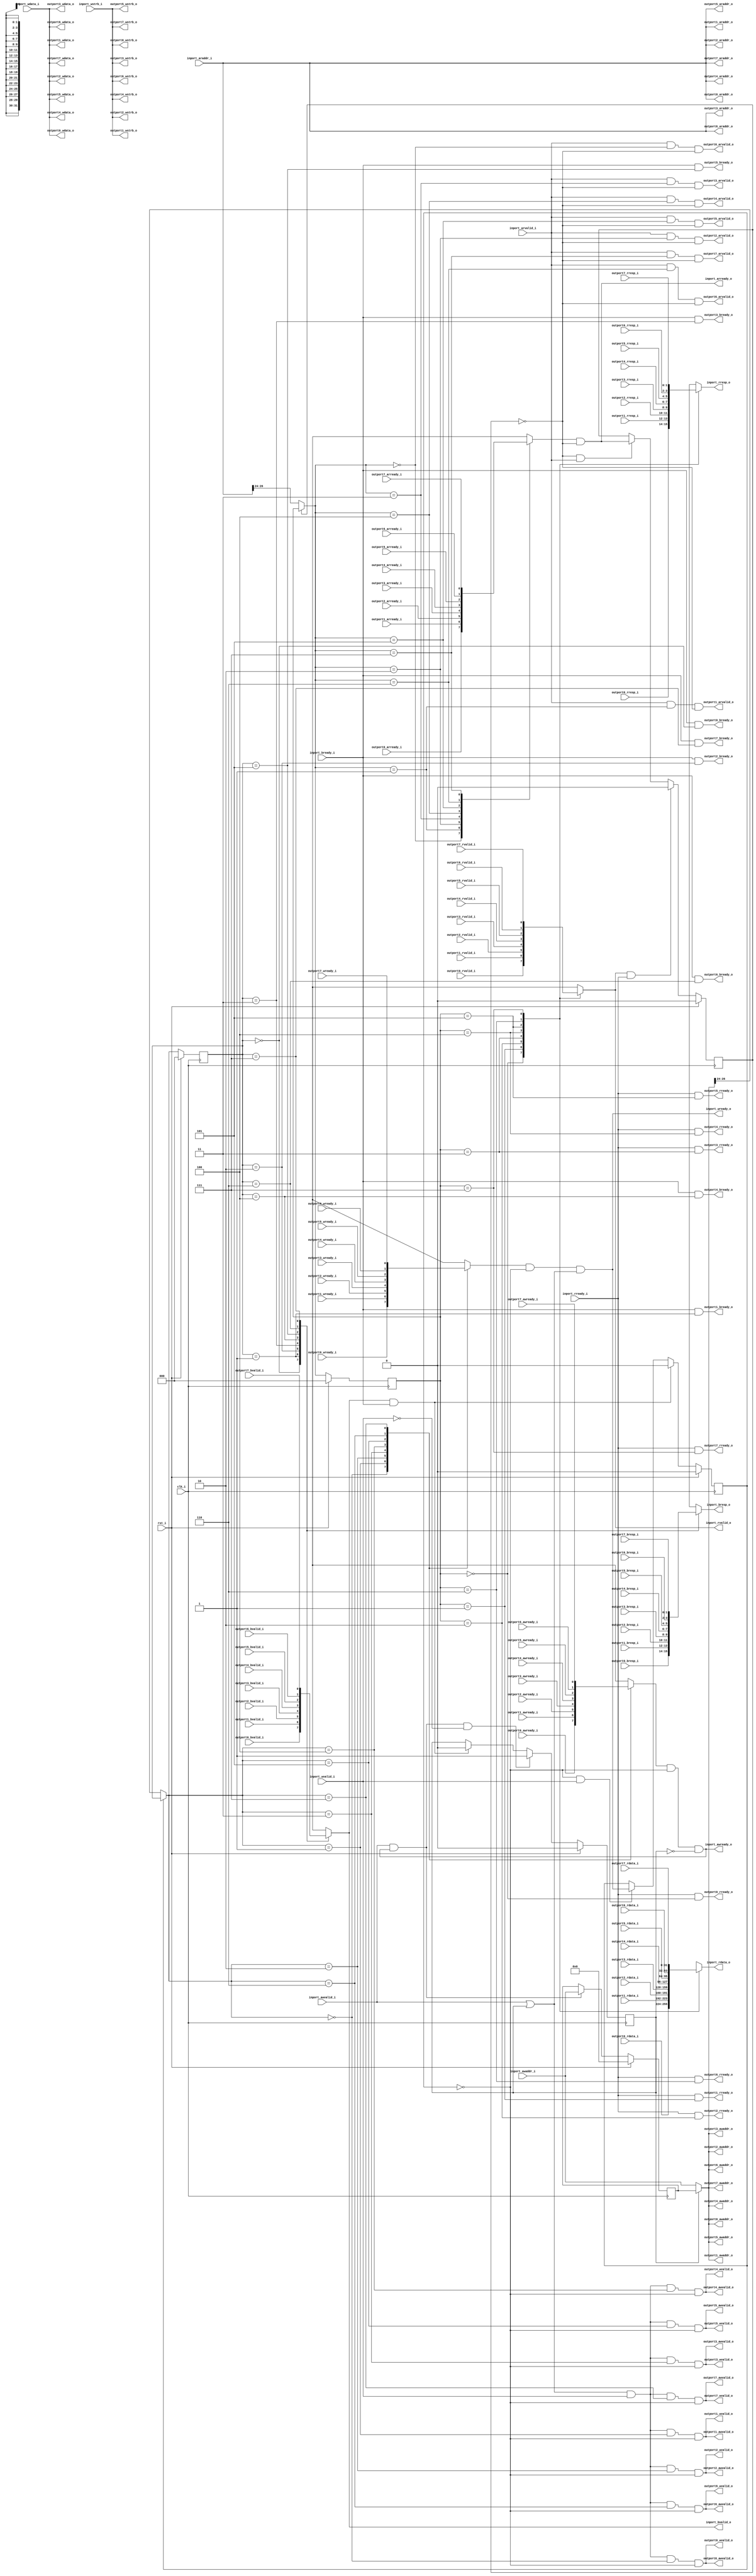
//-----------------------------------------------------------------
//                     Basic Peripheral SoC
//                           V1.0
//                     Ultra-Embedded.com
//                     Copyright 2014-2019
//
//
//                         License: GPL
// If you would like a version with a more permissive license for
// use in closed source commercial applications please contact me
// for details.
//-----------------------------------------------------------------
//
// This file is open source HDL; you can redistribute it and/or 
// modify it under the terms of the GNU General Public License as 
// published by the Free Software Foundation; either version 2 of 
// the License, or (at your option) any later version.
//
// This file is distributed in the hope that it will be useful,
// but WITHOUT ANY WARRANTY; without even the implied warranty of
// MERCHANTABILITY or FITNESS FOR A PARTICULAR PURPOSE.  See the
// GNU General Public License for more details.
//
// You should have received a copy of the GNU General Public 
// License along with this file; if not, write to the Free Software
// Foundation, Inc., 59 Temple Place, Suite 330, Boston, MA 02111-1307
// USA
//-----------------------------------------------------------------

//-----------------------------------------------------------------
//                          Generated File
//-----------------------------------------------------------------

module axi4lite_dist
(
    // Inputs
     input           clk_i
    ,input           rst_i
    ,input           inport_awvalid_i
    ,input  [ 31:0]  inport_awaddr_i
    ,input           inport_wvalid_i
    ,input  [ 31:0]  inport_wdata_i
    ,input  [  3:0]  inport_wstrb_i
    ,input           inport_bready_i
    ,input           inport_arvalid_i
    ,input  [ 31:0]  inport_araddr_i
    ,input           inport_rready_i
    ,input           outport0_awready_i
    ,input           outport0_wready_i
    ,input           outport0_bvalid_i
    ,input  [  1:0]  outport0_bresp_i
    ,input           outport0_arready_i
    ,input           outport0_rvalid_i
    ,input  [ 31:0]  outport0_rdata_i
    ,input  [  1:0]  outport0_rresp_i
    ,input           outport1_awready_i
    ,input           outport1_wready_i
    ,input           outport1_bvalid_i
    ,input  [  1:0]  outport1_bresp_i
    ,input           outport1_arready_i
    ,input           outport1_rvalid_i
    ,input  [ 31:0]  outport1_rdata_i
    ,input  [  1:0]  outport1_rresp_i
    ,input           outport2_awready_i
    ,input           outport2_wready_i
    ,input           outport2_bvalid_i
    ,input  [  1:0]  outport2_bresp_i
    ,input           outport2_arready_i
    ,input           outport2_rvalid_i
    ,input  [ 31:0]  outport2_rdata_i
    ,input  [  1:0]  outport2_rresp_i
    ,input           outport3_awready_i
    ,input           outport3_wready_i
    ,input           outport3_bvalid_i
    ,input  [  1:0]  outport3_bresp_i
    ,input           outport3_arready_i
    ,input           outport3_rvalid_i
    ,input  [ 31:0]  outport3_rdata_i
    ,input  [  1:0]  outport3_rresp_i
    ,input           outport4_awready_i
    ,input           outport4_wready_i
    ,input           outport4_bvalid_i
    ,input  [  1:0]  outport4_bresp_i
    ,input           outport4_arready_i
    ,input           outport4_rvalid_i
    ,input  [ 31:0]  outport4_rdata_i
    ,input  [  1:0]  outport4_rresp_i
    ,input           outport5_awready_i
    ,input           outport5_wready_i
    ,input           outport5_bvalid_i
    ,input  [  1:0]  outport5_bresp_i
    ,input           outport5_arready_i
    ,input           outport5_rvalid_i
    ,input  [ 31:0]  outport5_rdata_i
    ,input  [  1:0]  outport5_rresp_i
    ,input           outport6_awready_i
    ,input           outport6_wready_i
    ,input           outport6_bvalid_i
    ,input  [  1:0]  outport6_bresp_i
    ,input           outport6_arready_i
    ,input           outport6_rvalid_i
    ,input  [ 31:0]  outport6_rdata_i
    ,input  [  1:0]  outport6_rresp_i
    ,input           outport7_awready_i
    ,input           outport7_wready_i
    ,input           outport7_bvalid_i
    ,input  [  1:0]  outport7_bresp_i
    ,input           outport7_arready_i
    ,input           outport7_rvalid_i
    ,input  [ 31:0]  outport7_rdata_i
    ,input  [  1:0]  outport7_rresp_i

    // Outputs
    ,output          inport_awready_o
    ,output          inport_wready_o
    ,output          inport_bvalid_o
    ,output [  1:0]  inport_bresp_o
    ,output          inport_arready_o
    ,output          inport_rvalid_o
    ,output [ 31:0]  inport_rdata_o
    ,output [  1:0]  inport_rresp_o
    ,output          outport0_awvalid_o
    ,output [ 31:0]  outport0_awaddr_o
    ,output          outport0_wvalid_o
    ,output [ 31:0]  outport0_wdata_o
    ,output [  3:0]  outport0_wstrb_o
    ,output          outport0_bready_o
    ,output          outport0_arvalid_o
    ,output [ 31:0]  outport0_araddr_o
    ,output          outport0_rready_o
    ,output          outport1_awvalid_o
    ,output [ 31:0]  outport1_awaddr_o
    ,output          outport1_wvalid_o
    ,output [ 31:0]  outport1_wdata_o
    ,output [  3:0]  outport1_wstrb_o
    ,output          outport1_bready_o
    ,output          outport1_arvalid_o
    ,output [ 31:0]  outport1_araddr_o
    ,output          outport1_rready_o
    ,output          outport2_awvalid_o
    ,output [ 31:0]  outport2_awaddr_o
    ,output          outport2_wvalid_o
    ,output [ 31:0]  outport2_wdata_o
    ,output [  3:0]  outport2_wstrb_o
    ,output          outport2_bready_o
    ,output          outport2_arvalid_o
    ,output [ 31:0]  outport2_araddr_o
    ,output          outport2_rready_o
    ,output          outport3_awvalid_o
    ,output [ 31:0]  outport3_awaddr_o
    ,output          outport3_wvalid_o
    ,output [ 31:0]  outport3_wdata_o
    ,output [  3:0]  outport3_wstrb_o
    ,output          outport3_bready_o
    ,output          outport3_arvalid_o
    ,output [ 31:0]  outport3_araddr_o
    ,output          outport3_rready_o
    ,output          outport4_awvalid_o
    ,output [ 31:0]  outport4_awaddr_o
    ,output          outport4_wvalid_o
    ,output [ 31:0]  outport4_wdata_o
    ,output [  3:0]  outport4_wstrb_o
    ,output          outport4_bready_o
    ,output          outport4_arvalid_o
    ,output [ 31:0]  outport4_araddr_o
    ,output          outport4_rready_o
    ,output          outport5_awvalid_o
    ,output [ 31:0]  outport5_awaddr_o
    ,output          outport5_wvalid_o
    ,output [ 31:0]  outport5_wdata_o
    ,output [  3:0]  outport5_wstrb_o
    ,output          outport5_bready_o
    ,output          outport5_arvalid_o
    ,output [ 31:0]  outport5_araddr_o
    ,output          outport5_rready_o
    ,output          outport6_awvalid_o
    ,output [ 31:0]  outport6_awaddr_o
    ,output          outport6_wvalid_o
    ,output [ 31:0]  outport6_wdata_o
    ,output [  3:0]  outport6_wstrb_o
    ,output          outport6_bready_o
    ,output          outport6_arvalid_o
    ,output [ 31:0]  outport6_araddr_o
    ,output          outport6_rready_o
    ,output          outport7_awvalid_o
    ,output [ 31:0]  outport7_awaddr_o
    ,output          outport7_wvalid_o
    ,output [ 31:0]  outport7_wdata_o
    ,output [  3:0]  outport7_wstrb_o
    ,output          outport7_bready_o
    ,output          outport7_arvalid_o
    ,output [ 31:0]  outport7_araddr_o
    ,output          outport7_rready_o
);



//-----------------------------------------------------------------
// Read Dist
//-----------------------------------------------------------------
reg [2:0] read_sel_r;
reg [2:0] read_sel_q;
reg read_pending_q;
reg read_pending_r;

always @ *
begin
    read_pending_r = read_pending_q;

    // Read response
    if (inport_rvalid_o && inport_rready_i)
        read_pending_r = 1'b0;
    // New request
    else if (!read_pending_r && inport_arvalid_i)
        read_pending_r = inport_arready_o;

    // Address to port selection
    if (!read_pending_q)
        read_sel_r  = inport_araddr_i[26:24];
    else
        read_sel_r  = read_sel_q;
end

always @ (posedge clk_i )
if (rst_i)
begin
    read_sel_q      <= 3'b0;
    read_pending_q  <= 1'b0;
end
else
begin
    read_sel_q      <= read_sel_r;
    read_pending_q  <= read_pending_r;
end

//-----------------------------------------------------------------
// Read Request
//-----------------------------------------------------------------
assign outport0_arvalid_o =  inport_arvalid_i && (read_sel_r == 3'd0) && !read_pending_q;
assign outport0_araddr_o  =  inport_araddr_i;
assign outport1_arvalid_o =  inport_arvalid_i && (read_sel_r == 3'd1) && !read_pending_q;
assign outport1_araddr_o  =  inport_araddr_i;
assign outport2_arvalid_o =  inport_arvalid_i && (read_sel_r == 3'd2) && !read_pending_q;
assign outport2_araddr_o  =  inport_araddr_i;
assign outport3_arvalid_o =  inport_arvalid_i && (read_sel_r == 3'd3) && !read_pending_q;
assign outport3_araddr_o  =  inport_araddr_i;
assign outport4_arvalid_o =  inport_arvalid_i && (read_sel_r == 3'd4) && !read_pending_q;
assign outport4_araddr_o  =  inport_araddr_i;
assign outport5_arvalid_o =  inport_arvalid_i && (read_sel_r == 3'd5) && !read_pending_q;
assign outport5_araddr_o  =  inport_araddr_i;
assign outport6_arvalid_o =  inport_arvalid_i && (read_sel_r == 3'd6) && !read_pending_q;
assign outport6_araddr_o  =  inport_araddr_i;
assign outport7_arvalid_o =  inport_arvalid_i && (read_sel_r == 3'd7) && !read_pending_q;
assign outport7_araddr_o  =  inport_araddr_i;

//-----------------------------------------------------------------
// Read Request Accept
//-----------------------------------------------------------------
reg inport_arready_r;

always @ *
begin
    inport_arready_r  = 1'b0;

    case (read_sel_r)
    3'd0:
        inport_arready_r = outport0_arready_i;
    3'd1:
        inport_arready_r = outport1_arready_i;
    3'd2:
        inport_arready_r = outport2_arready_i;
    3'd3:
        inport_arready_r = outport3_arready_i;
    3'd4:
        inport_arready_r = outport4_arready_i;
    3'd5:
        inport_arready_r = outport5_arready_i;
    3'd6:
        inport_arready_r = outport6_arready_i;
    3'd7:
        inport_arready_r = outport7_arready_i;
    default :
        ;
    endcase
end

assign inport_arready_o = inport_arready_r && !read_pending_q;

//-----------------------------------------------------------------
// Read Response
//-----------------------------------------------------------------
reg        inport_rvalid_r;
reg [31:0] inport_rdata_r;
reg [1:0]  inport_rresp_r;

always @ *
begin
    inport_rvalid_r  = 1'b0;
    inport_rdata_r   = 32'b0;
    inport_rresp_r   = 2'b0;

    case (read_sel_q)
    3'd0:
    begin
        inport_rvalid_r = outport0_rvalid_i;
        inport_rdata_r  = outport0_rdata_i;
        inport_rresp_r  = outport0_rresp_i;
    end
    3'd1:
    begin
        inport_rvalid_r = outport1_rvalid_i;
        inport_rdata_r  = outport1_rdata_i;
        inport_rresp_r  = outport1_rresp_i;
    end
    3'd2:
    begin
        inport_rvalid_r = outport2_rvalid_i;
        inport_rdata_r  = outport2_rdata_i;
        inport_rresp_r  = outport2_rresp_i;
    end
    3'd3:
    begin
        inport_rvalid_r = outport3_rvalid_i;
        inport_rdata_r  = outport3_rdata_i;
        inport_rresp_r  = outport3_rresp_i;
    end
    3'd4:
    begin
        inport_rvalid_r = outport4_rvalid_i;
        inport_rdata_r  = outport4_rdata_i;
        inport_rresp_r  = outport4_rresp_i;
    end
    3'd5:
    begin
        inport_rvalid_r = outport5_rvalid_i;
        inport_rdata_r  = outport5_rdata_i;
        inport_rresp_r  = outport5_rresp_i;
    end
    3'd6:
    begin
        inport_rvalid_r = outport6_rvalid_i;
        inport_rdata_r  = outport6_rdata_i;
        inport_rresp_r  = outport6_rresp_i;
    end
    3'd7:
    begin
        inport_rvalid_r = outport7_rvalid_i;
        inport_rdata_r  = outport7_rdata_i;
        inport_rresp_r  = outport7_rresp_i;
    end
    default :
        ;
    endcase
end

assign inport_rvalid_o = inport_rvalid_r;
assign inport_rdata_o  = inport_rdata_r;
assign inport_rresp_o  = inport_rresp_r;

//-----------------------------------------------------------------
// Read Response accept
//-----------------------------------------------------------------
assign outport0_rready_o = inport_rready_i && (read_sel_q == 3'd0);
assign outport1_rready_o = inport_rready_i && (read_sel_q == 3'd1);
assign outport2_rready_o = inport_rready_i && (read_sel_q == 3'd2);
assign outport3_rready_o = inport_rready_i && (read_sel_q == 3'd3);
assign outport4_rready_o = inport_rready_i && (read_sel_q == 3'd4);
assign outport5_rready_o = inport_rready_i && (read_sel_q == 3'd5);
assign outport6_rready_o = inport_rready_i && (read_sel_q == 3'd6);
assign outport7_rready_o = inport_rready_i && (read_sel_q == 3'd7);

//-----------------------------------------------------------------
// Write Address Latch (for delayed data)
//-----------------------------------------------------------------
reg [31:0] awaddr_q;
reg        awvalid_q;
reg        awvalid_r;

always @ *
begin
    awvalid_r   = awvalid_q;

    // Address ready, data not ready
    if (inport_awvalid_i && inport_awready_o && !inport_wvalid_i)
        awvalid_r = 1'b1;
    else if (inport_bvalid_o && inport_bready_i)
        awvalid_r = 1'b0;
end

always @ (posedge clk_i )
if (rst_i)
begin
    awvalid_q   <= 1'b0;
    awaddr_q    <= 32'b0;
end
else
begin
    awvalid_q   <= awvalid_r;

    if (inport_awvalid_i && inport_awready_o)
        awaddr_q    <= inport_awaddr_i;
end

wire        inport_awvalid_w = inport_awvalid_i | awvalid_q;
wire [31:0] inport_awaddr_w  = awvalid_q ? awaddr_q : inport_awaddr_i;

//-----------------------------------------------------------------
// Write Dist
//-----------------------------------------------------------------
reg [2:0] write_sel_r;
reg [2:0] write_sel_q;
reg write_pending_q;
reg write_pending_r;

always @ *
begin
    write_pending_r = write_pending_q;

    // Write response
    if (inport_bvalid_o && inport_bready_i)
        write_pending_r = 1'b0;
    // New request
    // NOTE: Assumes slaves will accept both address & data in same cycle...
    else if (!write_pending_r && inport_wvalid_i)
        write_pending_r = inport_wready_o;

    // Address to port selection
    if (!write_pending_q)
        write_sel_r  = inport_awaddr_w[26:24];
    else
        write_sel_r  = write_sel_q;
end

always @ (posedge clk_i )
if (rst_i)
begin
    write_sel_q      <= 3'b0;
    write_pending_q  <= 1'b0;
end
else
begin
    write_sel_q      <= write_sel_r;
    write_pending_q  <= write_pending_r;
end

//-----------------------------------------------------------------
// Write Request
//-----------------------------------------------------------------
// NOTE: Assumes slaves will accept both address & data in same cycle...
assign outport0_awvalid_o =  inport_awvalid_w && inport_wvalid_i && (write_sel_r == 3'd0) && !write_pending_q;
assign outport0_awaddr_o  =  inport_awaddr_w;
assign outport0_wvalid_o  =  outport0_awvalid_o;
assign outport0_wdata_o   =  inport_wdata_i;
assign outport0_wstrb_o   =  inport_wstrb_i;
assign outport1_awvalid_o =  inport_awvalid_w && inport_wvalid_i && (write_sel_r == 3'd1) && !write_pending_q;
assign outport1_awaddr_o  =  inport_awaddr_w;
assign outport1_wvalid_o  =  outport1_awvalid_o;
assign outport1_wdata_o   =  inport_wdata_i;
assign outport1_wstrb_o   =  inport_wstrb_i;
assign outport2_awvalid_o =  inport_awvalid_w && inport_wvalid_i && (write_sel_r == 3'd2) && !write_pending_q;
assign outport2_awaddr_o  =  inport_awaddr_w;
assign outport2_wvalid_o  =  outport2_awvalid_o;
assign outport2_wdata_o   =  inport_wdata_i;
assign outport2_wstrb_o   =  inport_wstrb_i;
assign outport3_awvalid_o =  inport_awvalid_w && inport_wvalid_i && (write_sel_r == 3'd3) && !write_pending_q;
assign outport3_awaddr_o  =  inport_awaddr_w;
assign outport3_wvalid_o  =  outport3_awvalid_o;
assign outport3_wdata_o   =  inport_wdata_i;
assign outport3_wstrb_o   =  inport_wstrb_i;
assign outport4_awvalid_o =  inport_awvalid_w && inport_wvalid_i && (write_sel_r == 3'd4) && !write_pending_q;
assign outport4_awaddr_o  =  inport_awaddr_w;
assign outport4_wvalid_o  =  outport4_awvalid_o;
assign outport4_wdata_o   =  inport_wdata_i;
assign outport4_wstrb_o   =  inport_wstrb_i;
assign outport5_awvalid_o =  inport_awvalid_w && inport_wvalid_i && (write_sel_r == 3'd5) && !write_pending_q;
assign outport5_awaddr_o  =  inport_awaddr_w;
assign outport5_wvalid_o  =  outport5_awvalid_o;
assign outport5_wdata_o   =  inport_wdata_i;
assign outport5_wstrb_o   =  inport_wstrb_i;
assign outport6_awvalid_o =  inport_awvalid_w && inport_wvalid_i && (write_sel_r == 3'd6) && !write_pending_q;
assign outport6_awaddr_o  =  inport_awaddr_w;
assign outport6_wvalid_o  =  outport6_awvalid_o;
assign outport6_wdata_o   =  inport_wdata_i;
assign outport6_wstrb_o   =  inport_wstrb_i;
assign outport7_awvalid_o =  inport_awvalid_w && inport_wvalid_i && (write_sel_r == 3'd7) && !write_pending_q;
assign outport7_awaddr_o  =  inport_awaddr_w;
assign outport7_wvalid_o  =  outport7_awvalid_o;
assign outport7_wdata_o   =  inport_wdata_i;
assign outport7_wstrb_o   =  inport_wstrb_i;

//-----------------------------------------------------------------
// Write Request Accept
//-----------------------------------------------------------------
reg inport_awready_r;
reg inport_wready_r;

always @ *
begin
    inport_awready_r  = 1'b0;
    inport_wready_r   = 1'b0;

    case (write_sel_r)
    3'd0:
    begin
        inport_awready_r = outport0_awready_i;
        inport_wready_r  = outport0_wready_i;
    end
    3'd1:
    begin
        inport_awready_r = outport1_awready_i;
        inport_wready_r  = outport1_wready_i;
    end
    3'd2:
    begin
        inport_awready_r = outport2_awready_i;
        inport_wready_r  = outport2_wready_i;
    end
    3'd3:
    begin
        inport_awready_r = outport3_awready_i;
        inport_wready_r  = outport3_wready_i;
    end
    3'd4:
    begin
        inport_awready_r = outport4_awready_i;
        inport_wready_r  = outport4_wready_i;
    end
    3'd5:
    begin
        inport_awready_r = outport5_awready_i;
        inport_wready_r  = outport5_wready_i;
    end
    3'd6:
    begin
        inport_awready_r = outport6_awready_i;
        inport_wready_r  = outport6_wready_i;
    end
    3'd7:
    begin
        inport_awready_r = outport7_awready_i;
        inport_wready_r  = outport7_wready_i;
    end
    default :
        ;
    endcase
end

assign inport_awready_o = inport_awready_r && !write_pending_q && !awvalid_q;
assign inport_wready_o  = inport_wready_r  && !write_pending_q && inport_awvalid_w;

//-----------------------------------------------------------------
// Write Response
//-----------------------------------------------------------------
reg        inport_bvalid_r;
reg [1:0]  inport_bresp_r;

always @ *
begin
    inport_bvalid_r  = 1'b0;
    inport_bresp_r   = 2'b0;

    case (write_sel_q)
    3'd0:
    begin
        inport_bvalid_r = outport0_bvalid_i;
        inport_bresp_r  = outport0_bresp_i;
    end
    3'd1:
    begin
        inport_bvalid_r = outport1_bvalid_i;
        inport_bresp_r  = outport1_bresp_i;
    end
    3'd2:
    begin
        inport_bvalid_r = outport2_bvalid_i;
        inport_bresp_r  = outport2_bresp_i;
    end
    3'd3:
    begin
        inport_bvalid_r = outport3_bvalid_i;
        inport_bresp_r  = outport3_bresp_i;
    end
    3'd4:
    begin
        inport_bvalid_r = outport4_bvalid_i;
        inport_bresp_r  = outport4_bresp_i;
    end
    3'd5:
    begin
        inport_bvalid_r = outport5_bvalid_i;
        inport_bresp_r  = outport5_bresp_i;
    end
    3'd6:
    begin
        inport_bvalid_r = outport6_bvalid_i;
        inport_bresp_r  = outport6_bresp_i;
    end
    3'd7:
    begin
        inport_bvalid_r = outport7_bvalid_i;
        inport_bresp_r  = outport7_bresp_i;
    end
    default :
        ;
    endcase
end

assign inport_bvalid_o = inport_bvalid_r;
assign inport_bresp_o  = inport_bresp_r;

//-----------------------------------------------------------------
// Write Response accept
//-----------------------------------------------------------------
assign outport0_bready_o = inport_bready_i && (write_sel_q == 3'd0);
assign outport1_bready_o = inport_bready_i && (write_sel_q == 3'd1);
assign outport2_bready_o = inport_bready_i && (write_sel_q == 3'd2);
assign outport3_bready_o = inport_bready_i && (write_sel_q == 3'd3);
assign outport4_bready_o = inport_bready_i && (write_sel_q == 3'd4);
assign outport5_bready_o = inport_bready_i && (write_sel_q == 3'd5);
assign outport6_bready_o = inport_bready_i && (write_sel_q == 3'd6);
assign outport7_bready_o = inport_bready_i && (write_sel_q == 3'd7);



endmodule